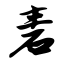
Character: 砉